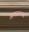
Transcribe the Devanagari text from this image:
आकारल्यास